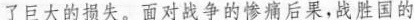
了巨大的损失。面对战争的惨痛后果，战胜国的